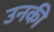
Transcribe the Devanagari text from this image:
उनकी